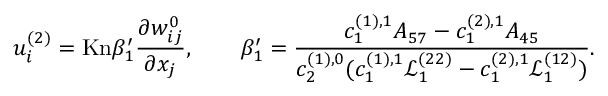
u _ { i } ^ { ( 2 ) } = \mathrm { K n } \beta _ { 1 } ^ { \prime } \frac { \partial w _ { i j } ^ { 0 } } { \partial x _ { j } } , \qquad \beta _ { 1 } ^ { \prime } = \frac { c _ { 1 } ^ { ( 1 ) , 1 } A _ { 5 7 } - c _ { 1 } ^ { ( 2 ) , 1 } A _ { 4 5 } } { c _ { 2 } ^ { ( 1 ) , 0 } ( c _ { 1 } ^ { ( 1 ) , 1 } \mathscr { L } _ { 1 } ^ { ( 2 2 ) } - c _ { 1 } ^ { ( 2 ) , 1 } \mathscr { L } _ { 1 } ^ { ( 1 2 ) } ) } .